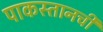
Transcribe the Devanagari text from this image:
पाकस्तानची